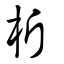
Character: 析